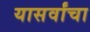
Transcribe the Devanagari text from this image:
यासर्वांचा